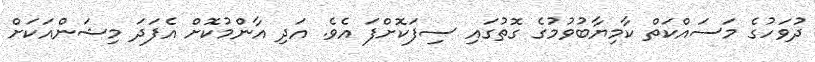
ދުވަހުގެ މަސައްކަތް ކާމިޔާބުވުމުގެ ގޮތުގައި ސިފަކޮށްފަ އެވެ. އަދި އާންމުކޮށް އެފަދަ މިޝަންއަކަށް